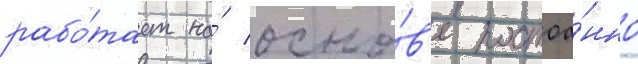
рабо́тает на́ осно́в'е постоа́нно